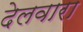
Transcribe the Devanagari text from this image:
देलवारा